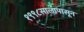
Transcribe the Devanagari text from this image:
१९९८सालापासून